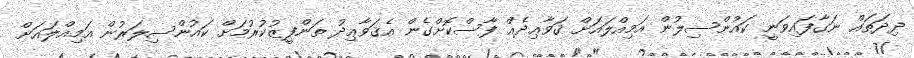
ދިދަތައް ނަގާފައިވަނީ ކައުންސިލުން އަމިއްލައަށް ޤަވާޢިދެއް ފާސްކޮށްގެން އެޤަވާޢިދު ތަންފީޒުކުރުމަށް ކައުންސިލަރުން އަމިއްލައަށް